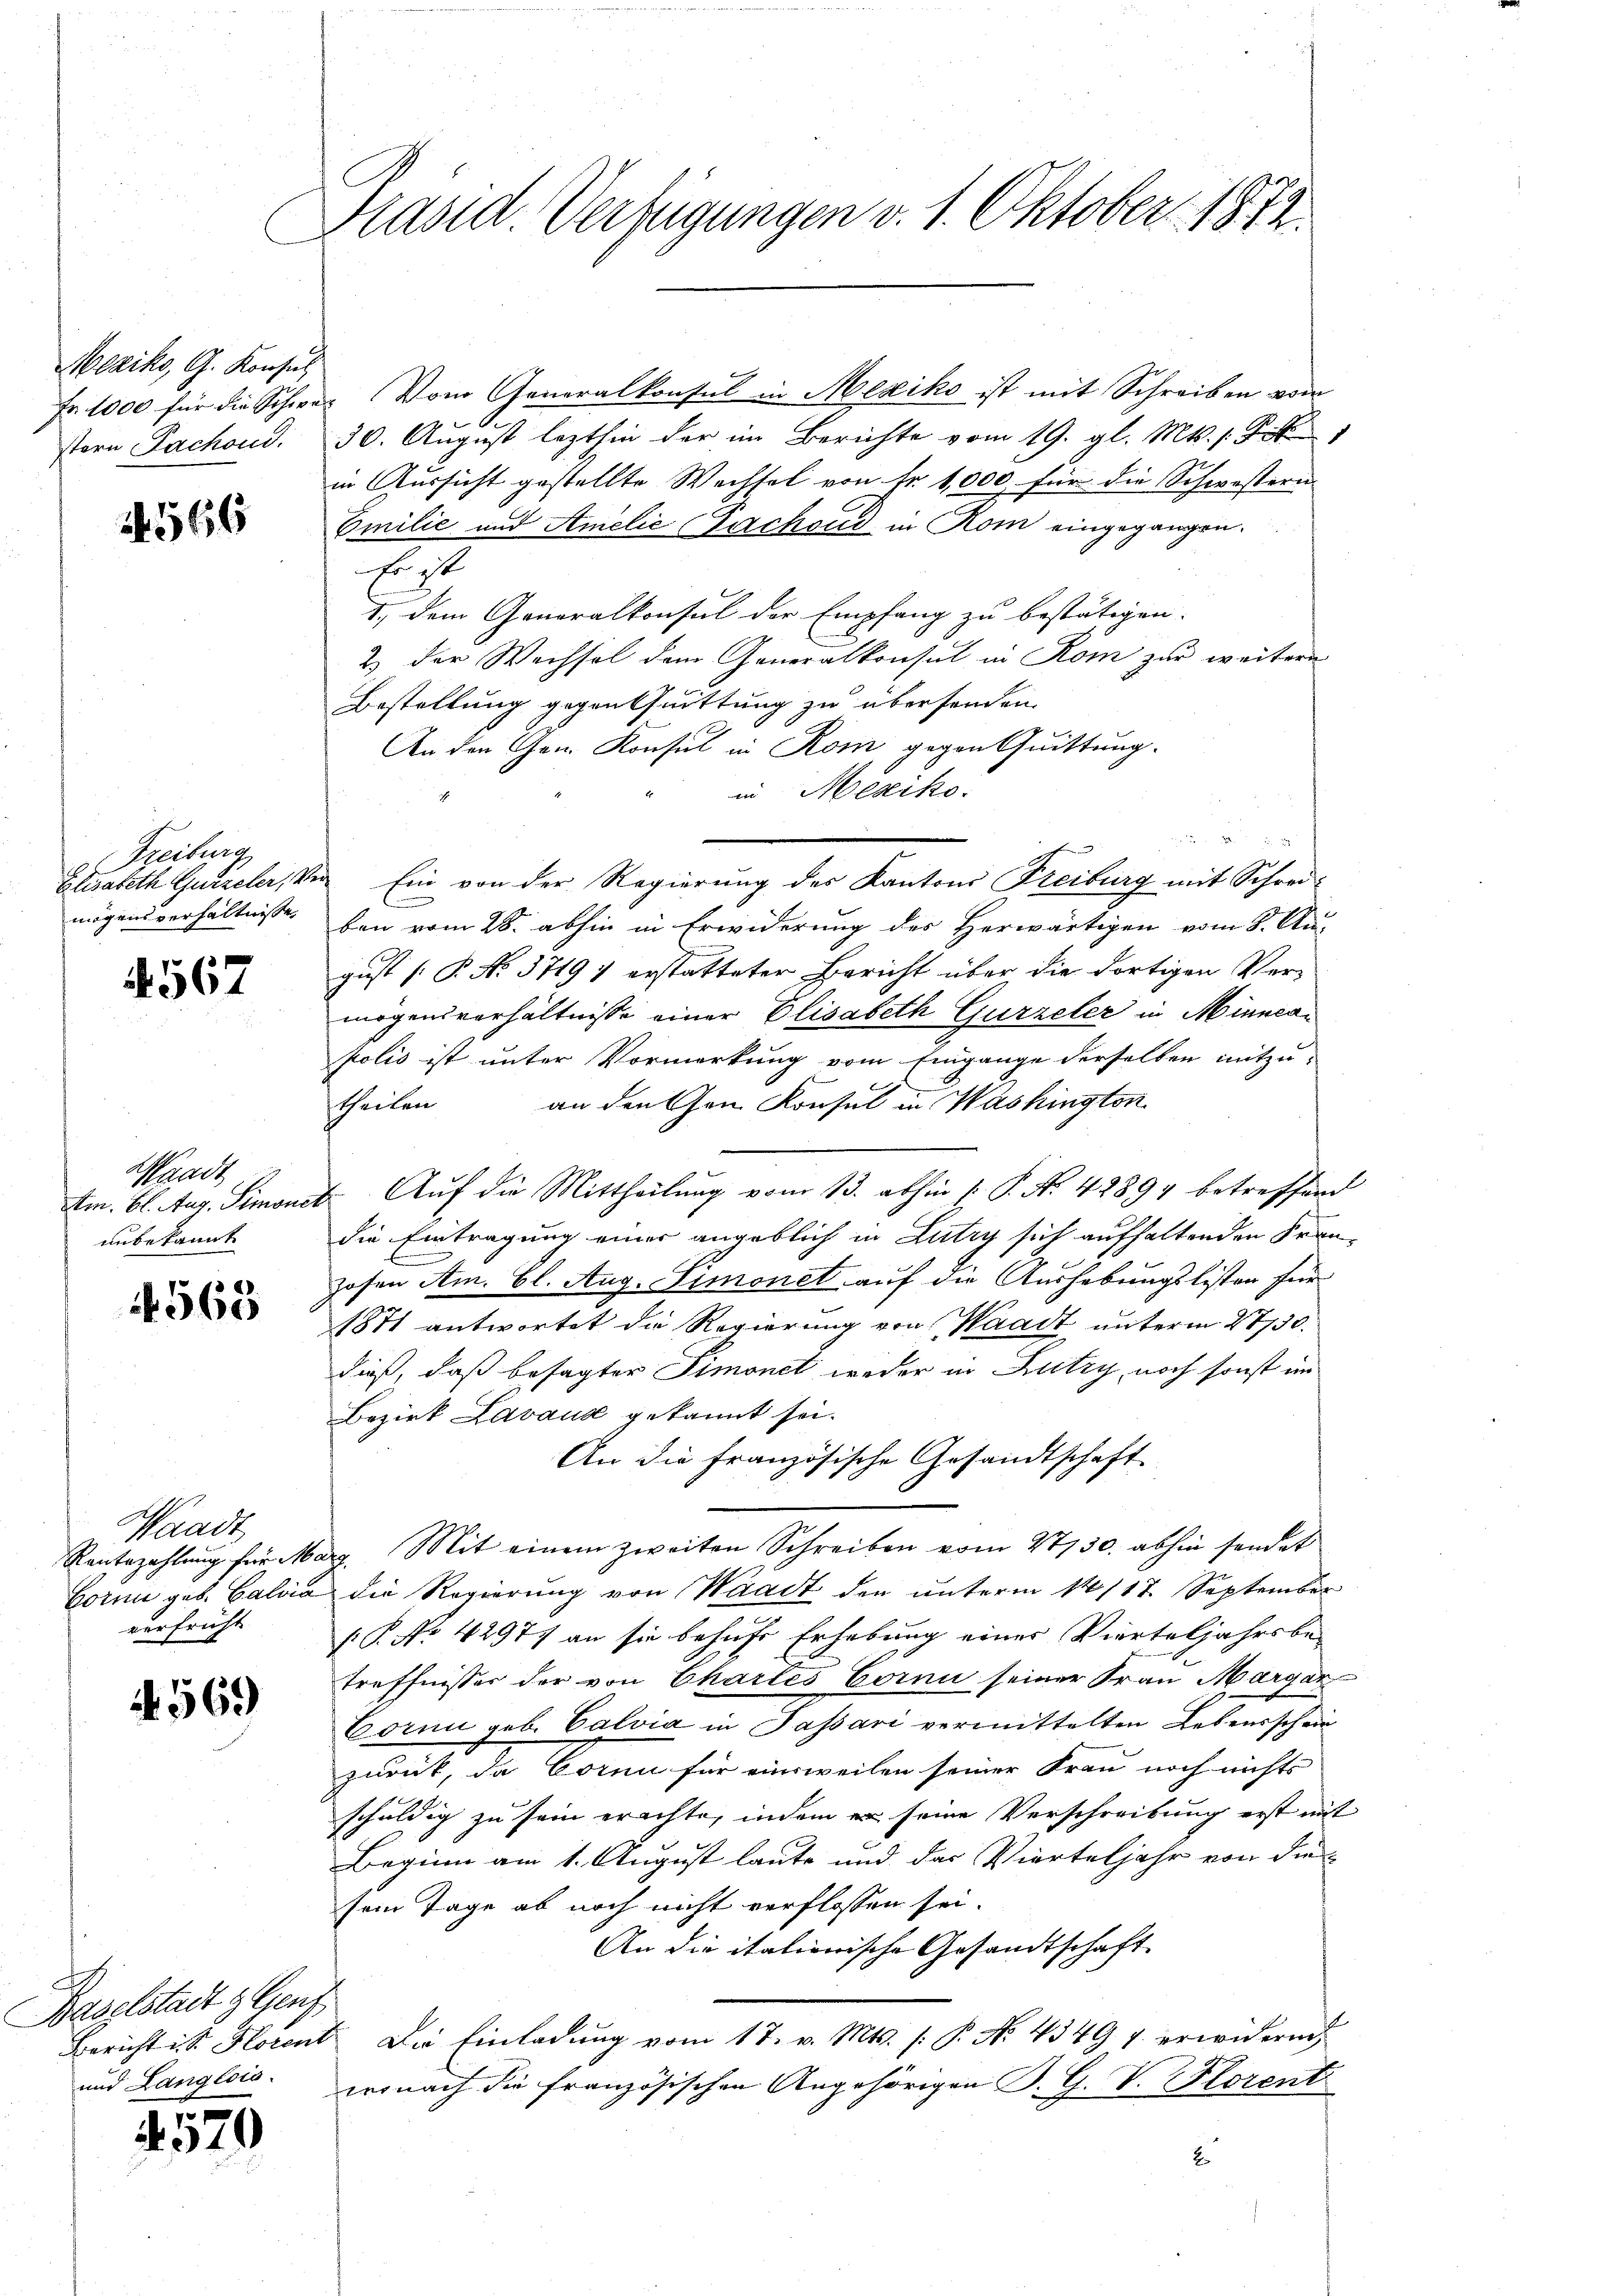
Mexiko, G. Konsul
Fr. 1000 für die Schwe
stern Fachond.

566

Freiburg
Elisabeth Gurzeler, Ve
mögensverhältnisse,

567

Waadt
tin. Bl. Aug. Simoni
unbekannt

568

Waadt
Reubezahlung für M.
Gorme geb. Calvia
verfrüht

569

Baselstadt & Genf
Bericht in St. Florent
und Langlois

1
2

Präsid Verfügungen v. 1. Oktober 1872

b

Vom Generalkonsul in Mexiko ist mit Schreiben vom
30. August lezthin der im Berichte vom 19. gl. Mts. s. Tit
in Aussicht gestellte Wechsel von fr. 1,000 für die Schwestern
Emilie und Amelić Fachoud in Rom eingegangen.
Es ist
1., dem Generalkonsul der Empfang zu bestätigen.
2) der Wechsel dem Generalkonsul in Rom zur weitere
Bestellung gegenksuittung zu übersenden.
An den Gem. Konsul in Rom gegen Quittung.
in Mesiko
Ein von der Regierung des Kantons Freiburg mit Schreiben vom 28. abhin in Erwiderung der Herwärtigen vom 8. Au-
gust [P. No. 3719 & erstatteter Bericht über die dortigen Vermögensverhältnisse einer Elisabeth Gurzeler in Minnerkolis ist unter Vormerkung vom Eingange derselben mitzutheilen an den Chen Konsul in Washington
Auf die Mittheilung vom 13. abhin (: P. Nr. 42894 betreffend
die Eintragung einer angeblich in Lutry sich aufhaltenden Franzosen Am. Cl. Aug. Simonet auf die Aushebungslisten für
1871 antwortet die Regierung von Waadt unterm 28730.
dieß, daß besagter Simonet weder in Lutry, noch sonst im
Bezirk Lavause gekannt sei.
An die französische Gesandtschaft
2. Mit einem zweiten Schreiben vom 2750. abhin sendet
die Regierung von Waadt den unterm 14/17. September
[P. No 4297. an sie behufe Erhebung einer Vierteljahrsbe-
1.
treffnisses der von Chartes Cornn seiner Frau Margar
Cornii geb. Calvia in Passari vermittelten Lebensschein
zurück, da Corne für einweilen seiner Frau noch nichts
schuldig zu sein erachte, indem er seine Verschreibung erst mit
Beginn am 1. August laute und das Vierteljahr von die
sein Tage ab noch nicht verflossen sei.
An die italienische Gesandtschaft
Die Einladung vom 17. v. Mts. /: P. No. 4349 f. erwidern,
wonach die französischen Angehörigen B. G. V. Plorent
E